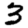
Digit: 3